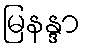
မြနန္ဒာ